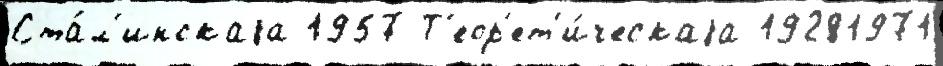
Ста́л'инскаjа 1957 Т'еор'ет'и́ческаjа 19281971